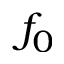
f _ { 0 }